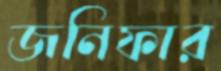
জনিফার